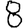
Digit: 8